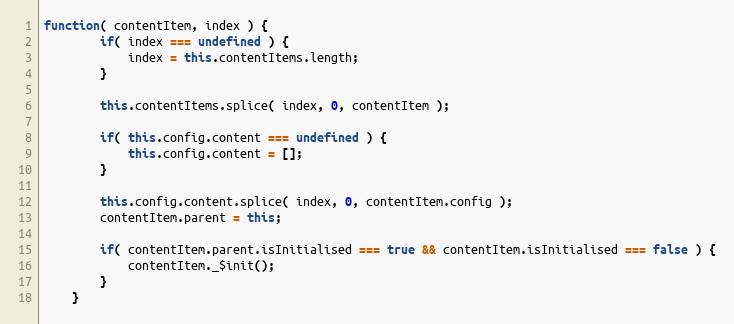
Language: JavaScript
function( contentItem, index ) {
		if( index === undefined ) {
			index = this.contentItems.length;
		}

		this.contentItems.splice( index, 0, contentItem );

		if( this.config.content === undefined ) {
			this.config.content = [];
		}

		this.config.content.splice( index, 0, contentItem.config );
		contentItem.parent = this;

		if( contentItem.parent.isInitialised === true && contentItem.isInitialised === false ) {
			contentItem._$init();
		}
	}